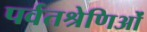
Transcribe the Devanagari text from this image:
पर्वतश्रेणिओं